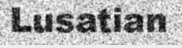
Lusatian